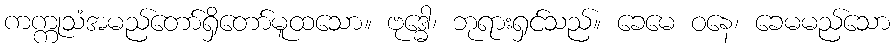
ကက္ကုသံအမည်တော်ရှိတော်မူထသော။ ဗုဒ္ဓေါ၊ ဘုရားရှင်သည်။ ခေမေ ဝနေ၊ ခေမမည်သော